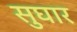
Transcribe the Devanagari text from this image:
सुघार